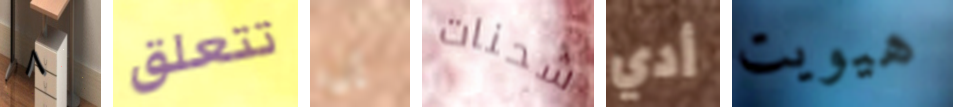
٨ تتعلق إن شحنات أدي هيويت